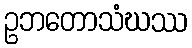
ဥဘတောသံဃဿ